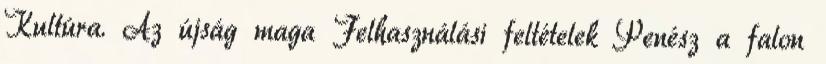
Kultúra. Az újság maga Felhasználási feltételek Penész a falon